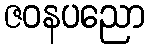
ဇဝနပညော